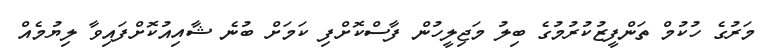
މަރުގެ ހުކުމް ތަންފީޒުކުރުމުގެ ބިލު މަޖިލީހުން ފާސްކޮށްފި ކަމަށް ބުނެ ޝާއިއުކޮށްފައިވާ ލިޔުމެއް